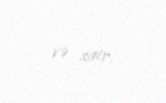
və sair.